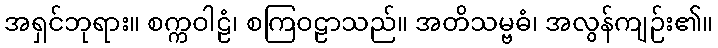
အရှင်ဘုရား။ စက္ကဝါဠံ၊ စကြဝဠာသည်။ အတိသမ္ဗဓံ၊ အလွန်ကျဉ်း၏။